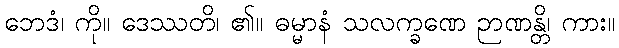
ဘေဒံ၊ ကို။ ဒေဿတိ၊ ၏။ ဓမ္မာနံ သလက္ခဏေ ဉာဏန္တိ၊ ကား။